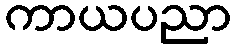
ကာယပညာ